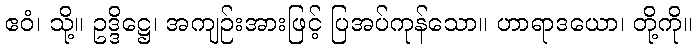
ဧဝံ၊ သို့။ ဥဒ္ဒိဋ္ဌေ၊ အကျဉ်းအားဖြင့် ပြအပ်ကုန်သော။ ဟာရာဒယော၊ တို့ကို။